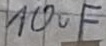
Text: 10uF